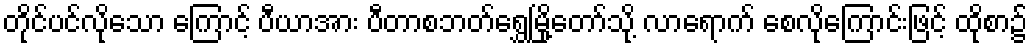
တိုင်ပင်လိုသော ကြောင့် ပီယာအား ပီတာစဘတ်ရွှေမြို့တော်သို့ လာရောက် စေလိုကြောင်းဖြင့် ထိုစာ၌